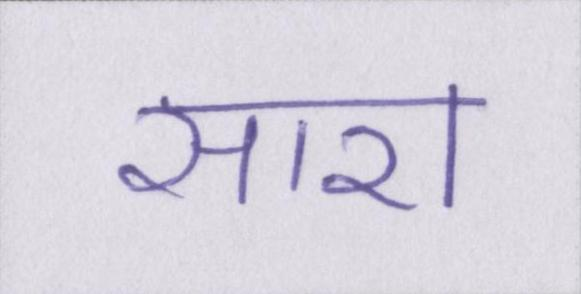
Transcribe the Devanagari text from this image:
सारा